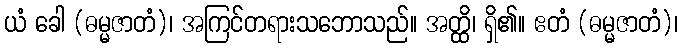
ယံ ခေါ (ဓမ္မဇာတံ)၊ အကြင်တရားသဘောသည်။ အတ္ထိ၊ ရှိ၏။ ဧတံ (ဓမ္မဇာတံ)၊